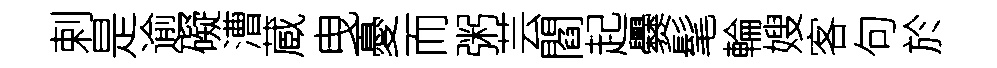
剌是逾礙漕蔵曳憂而粥芸閻起爨髦輪嫂客句於